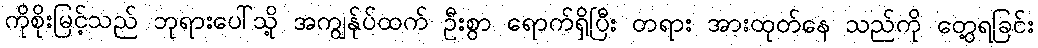
ကိုစိုးမြင့်သည် ဘုရားပေါ်သို့ အကျွန်ုပ်ထက် ဦးစွာ ရောက်ရှိပြီး တရား အားထုတ်နေ သည်ကို တွေ့ရခြင်း